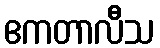
ဧကတာလီသ